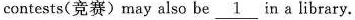
contests(竞赛)may also be \underline{1} in a library.